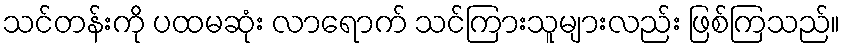
သင်တန်းကို ပထမဆုံး လာရောက် သင်ကြားသူများလည်း ဖြစ်ကြသည်။